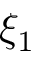
\xi _ { 1 }